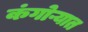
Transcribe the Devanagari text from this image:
कंगोऱ्यात